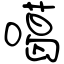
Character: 噶